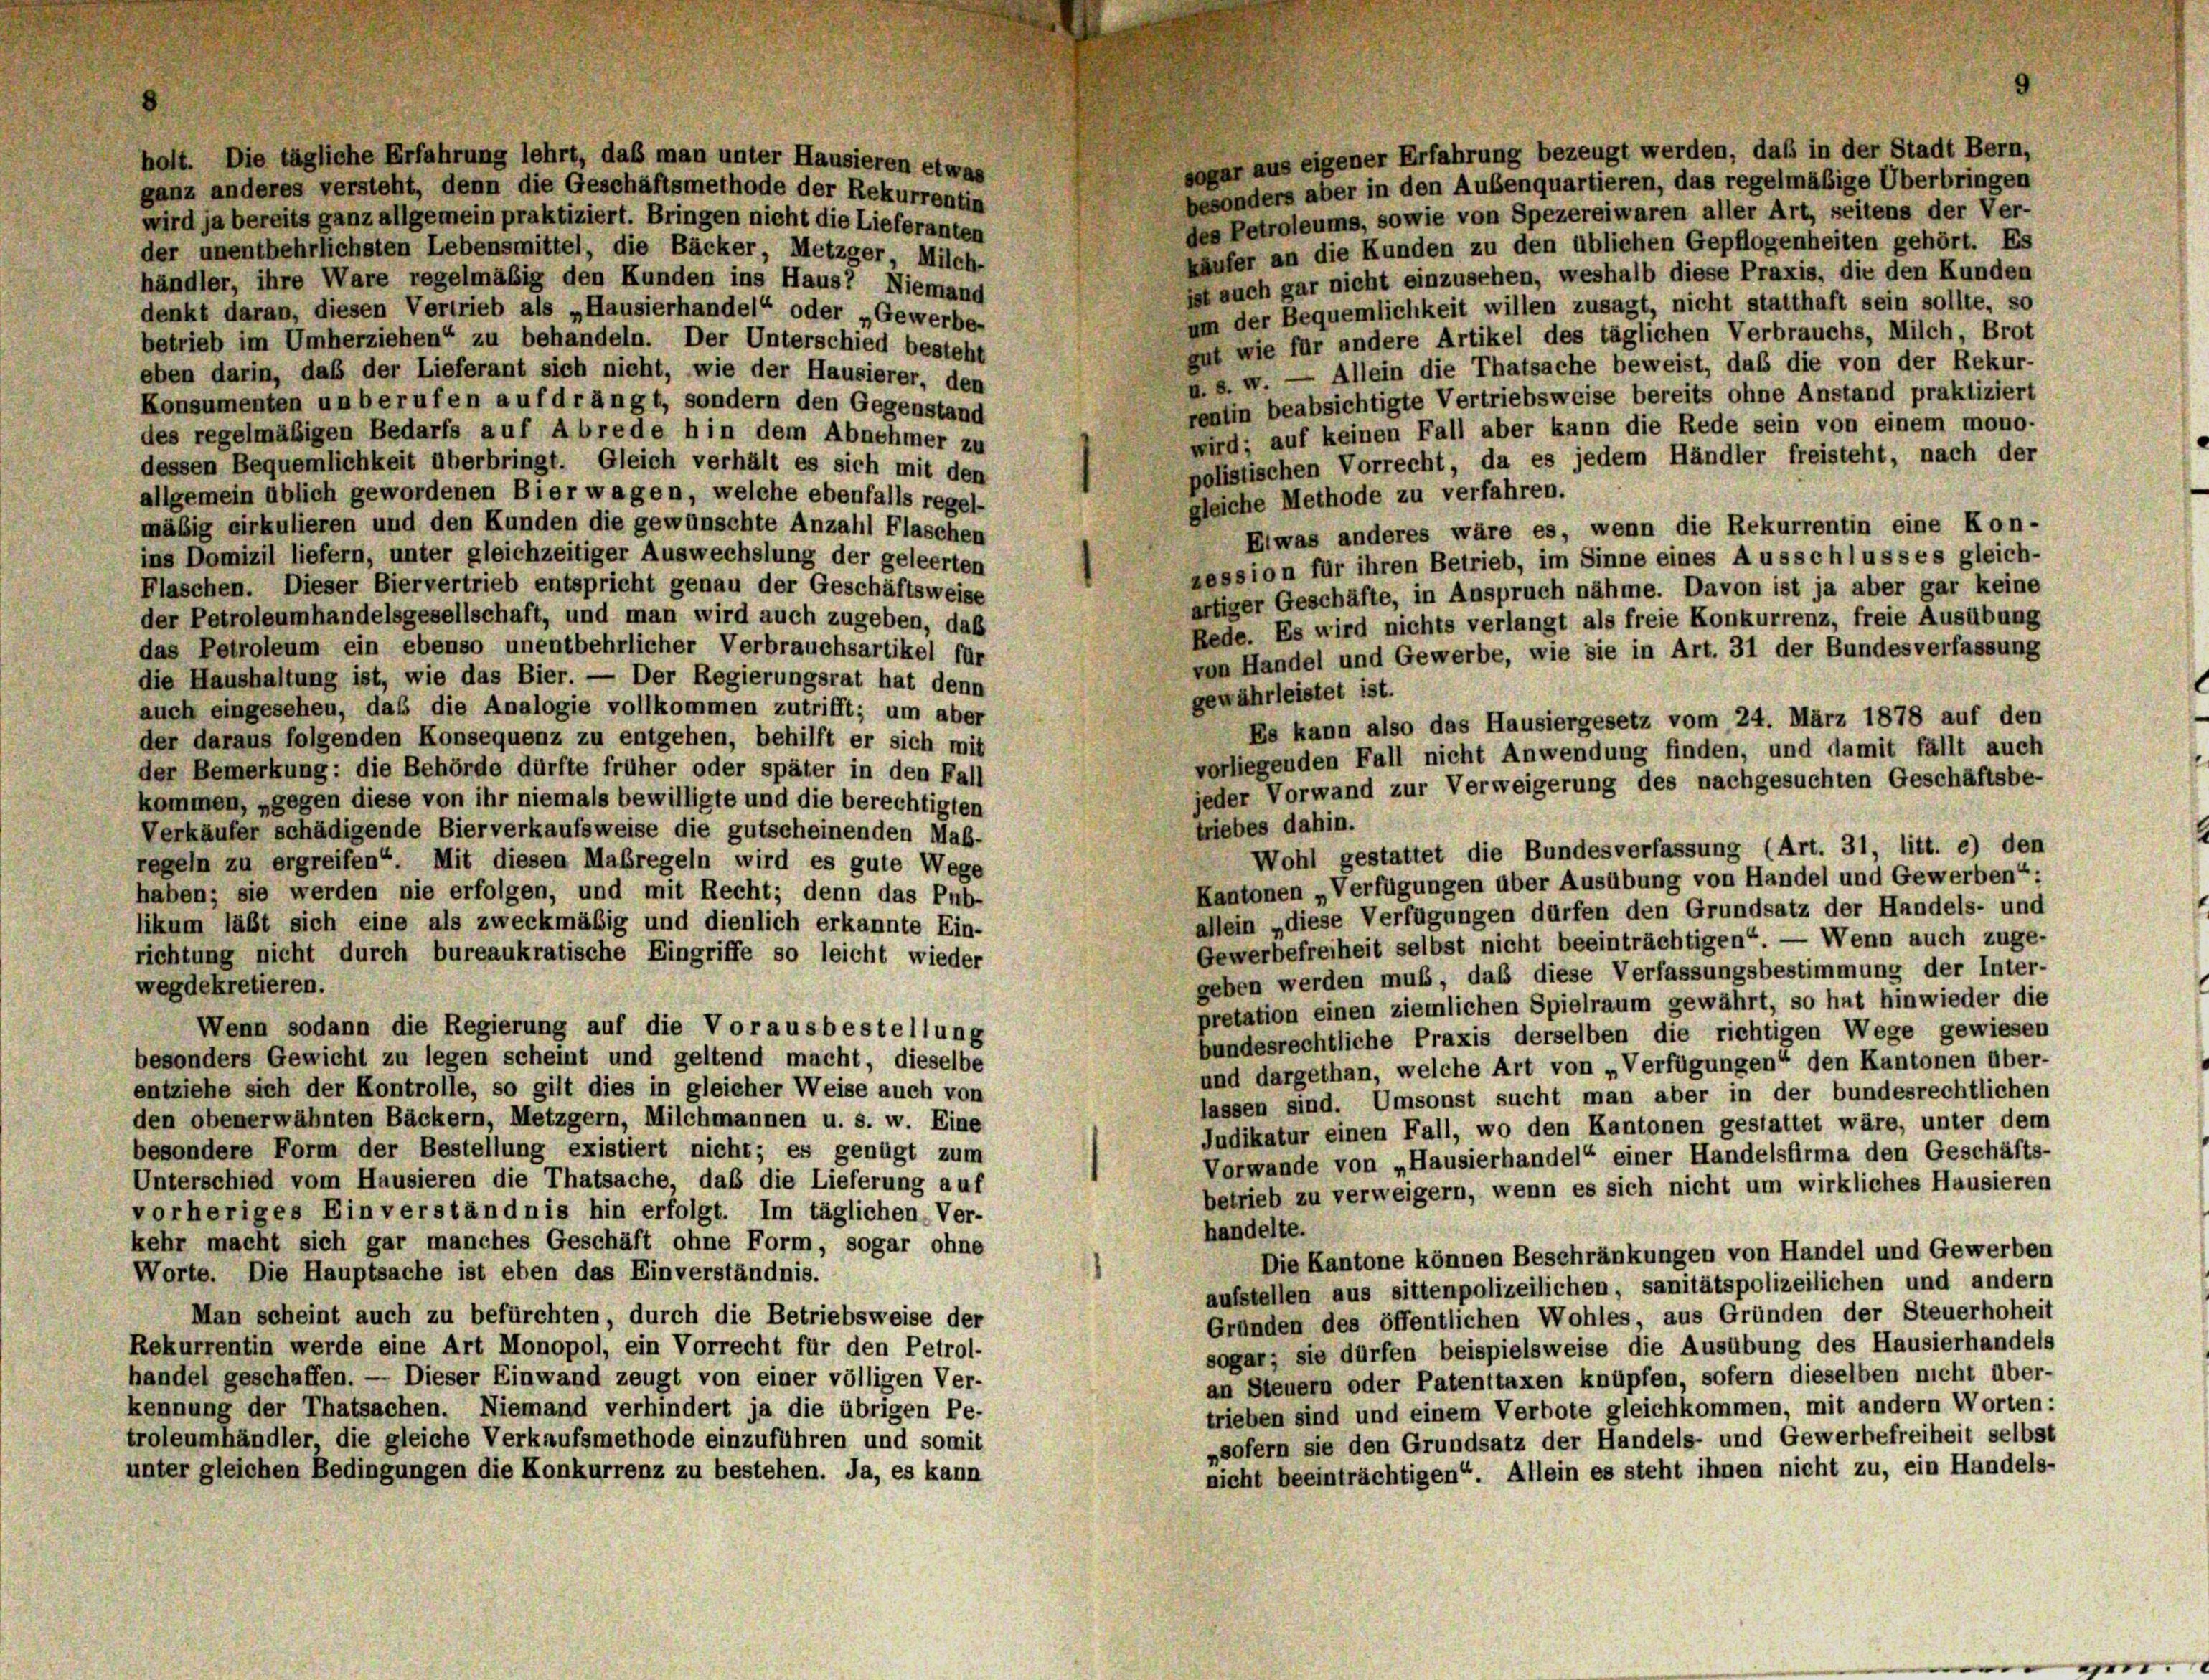
sogar aus eigener Erfahrung bezeugt werden, daß in der Stadt Bern,
holt. Die tägliche Erfahrung lehrt, daß man unter Hausieren etwas
besonders aber in den Außenquartieren, das regelmäßige Überbringen
ganz anderes versteht, denn die Geschäftsmethode der Rekurrentin
des Petroleums, sowie von Spezerei waren aller Art, seitens der Ver-
wird ja bereits ganz allgemein praktiziert. Bringen nicht die Lieferanten
käufer an die Kunden zu den üblichen Gepflogenheiten gehört. Es
der unentbehrlichsten Lebensmittel, die Bäcker, Metzger, Milch-
ist auch gar nicht einzusehen, weshalb diese Praxis, die den Kunden
händler, ihre Ware regelmäßig den Kunden ins Haus? Niemand
um der Bequemlichkeit willen zusagt, nicht statthaft sein sollte, so
denkt daran, diesen Vertrieb als „Hausierhandel“ oder „Gewerbe-
gut wie für andere Artikel des täglichen Verbrauchs, Milch, Brot
betrieb im Umherziehen“ zu behandeln. Der Unterschied besteht
u. s. w. — Allein die Thatsache beweist, daß die von der Rekur-
eben darin, daß der Lieferant sich nicht, wie der Hausierer, den
rentin beabsichtigte Vertriebsweise bereits ohne Anstand praktiziert
Konsumenten un berufen auf drängt, sondern den Gegenstand
wird; auf keinen Fall aber kann die Rede sein von einem mono-
des regelmäßigen Bedarfs auf Abrede hin dem Abnehmer zu
polistischen Vorrecht, da es jedem Händler freisteht, nach der
dessen Bequemlichkeit überbringt. Gleich verhält es sich mit den
allgemein üblich gewordenen Bier wagen, welche ebenfalls regel-
gleiche Methode zu verfahren.
mäsig cirkulieren und den Kunden die gewünschte Anzahl Flaschen
Etwas anderes wäre es, wenn die Rekurrentin eine Kon-
ins Domizil liefern, unter gleichzeitiger Auswechslung der geleerten
zession für ihren Betrieb, im Sinne eines Ausschlusses gleich-
Flaschen. Dieser Biervertrieb entspricht genau der Geschäftsweise
artiger Geschäfte, in Anspruch nähme. Davon ist ja aber gar keine
der Petroleumhandelsgesellschaft, und man wird auch zugeben, daß
Rede. Es wird nichts verlangt als freie Konkurrenz, freie Ausübung
das Petroleum ein ebenso unentbehrlicher Verbrauchsartikel für
von Handel und Gewerbe, wie sie in Art. 31 der Bundesverfassung
die Haushaltung ist, wie das Bier. — Der Regierungsrat hat denn
gewährleistet ist.
auch eingesehen, das die Analogie vollkommen zutrifft; um aber
Es kann also das Hausiergesetz vom 24. März 1878 auf den
der daraus folgenden Konsequenz zu entgehen, behilft er sich mit
vorliegenden Fall nicht Anwendung finden, und damit fällt auch
der Bemerkung: die Behörde dürfte früher oder später in den Fall
jeder Vorwand zur Verweigerung des nachgesuchten Geschäftsbe-
kommen, „gegen diese von ihr niemals bewilligte und die berechtigten
triebes dahin.
Verkäufer schädigende Bierverkaufsweise die gutscheinenden Mab-
Wohl gestattet die Bundesverfassung (Art. 31, litt. e) den
regeln zu ergreifen“. Mit diesen Maßregeln wird es gute Wege
Kantonen „Verfügungen über Ausübung von Handel und Gewerben“:
haben; sie werden nie erfolgen, und mit Recht; denn das Pub-
allein „diese Verfügungen dürfen den Grundsatz der Handels- und
likum läßt sich eine als zweckmäßig und dienlich erkannte Ein-
Gewerbefreiheit selbst nicht beeinträchtigen“. — Wenn auch zuge-
richtung nicht durch bureaukratische Eingriffe so leicht wieder
geben werden muß, daß diese Verfassungsbestimmung der Inter-
wegdekretieren.
pretation einen ziemlichen Spielraum gewährt, so hat hinwieder die
Wenn sodann die Regierung auf die Vorausbestellung
bundesrechtliche Praxis derselben die richtigen Wege gewiesen
besonders Gewicht zu legen scheint und geltend macht, dieselbe
und dargethan, welche Art von „Verfügungen“ den Kantonen über-
entziehe sich der Kontrolle, so gilt dies in gleicher Weise auch von
lassen sind. Umsonst sucht man aber in der bundesrechtlichen
den obenerwähnten Bäckern, Metzgern, Milchmannen u. s. w. Eine
Judikatur einen Fall, wo den Kantonen gestattet wäre, unter dem
besondere Form der Bestellung existiert nicht; es genügt zum
Vorwande von „Hausierhandel“ einer Handelsfirma den Geschäfts-
Unterschied vom Hausieren die Thatsache, daß die Lieferung auf
betrieb zu verweigern, wenn es sich nicht um wirkliches Hausieren
vorheriges Einverständnis hin erfolgt. Im täglichen. Ver-
handelte.
kehr macht sich gar manches Geschäft ohne Form, sogar ohne
Die Kantone können Beschränkungen von Handel und Gewerben
Worte. Die Hauptsache ist eben das Einverständnis.
aufstellen aus sittenpolizeilichen, sanitätspolizeilichen und andern
Man scheint auch zu befürchten, durch die Betriebsweise der
Gründen des öffentlichen Wohles aus Gründen der Steuerhoheit
Rekurrentin werde eine Art Monopol, ein Vorrecht für den Petrol-
sogar; sie dürfen beispielsweise die Ausübung des Hausierhandels
handel geschaffen. — Dieser Einwand zeugt von einer völligen Ver-
an Steuern oder Patenttaxen knüpfen, sofern dieselben nicht über-
kennung der Thatsachen. Niemand verhindert ja die übrigen Pe-
trieben sind und einem Verbote gleichkommen, mit andern Worten:
troleumhändler die gleiche Verkaufsmethode einzuführen und somit
„sofern sie den Grundsatz der Handels- und Gewerbefreiheit selbst
unter gleichen Bedingungen die Konkurrenz zu bestehen. Ja, es kann
nicht beeinträchtigen“. Allein es steht ihnen nicht zu, ein Handels-